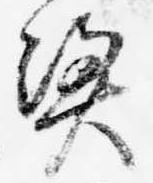
憑